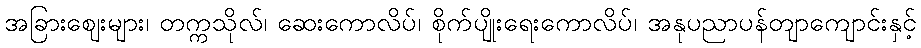
အခြားဈေးများ၊ တက္ကသိုလ်၊ ဆေးကောလိပ်၊ စိုက်ပျိုးရေးကောလိပ်၊ အနုပညာပန်တျာကျောင်းနှင့်